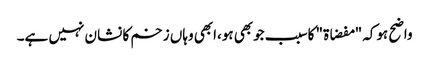
واضح ہوکہ "مفضاۃ" کاسبب جوبھی ہو،ابھی وہاں زخم کا نشان نہیں ہے۔